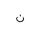
Letter: _non